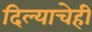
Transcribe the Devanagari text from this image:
दिल्याचेही